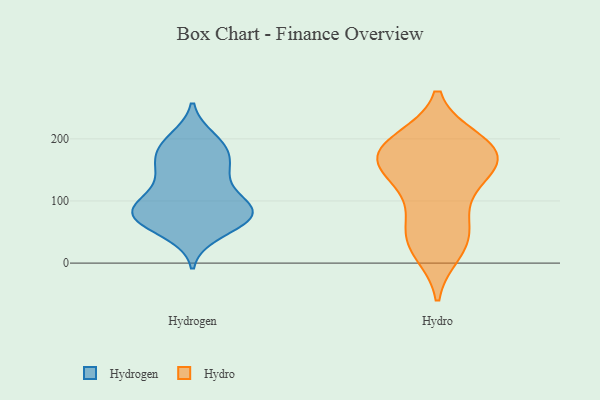
{"axis": {"x": "Active Users", "y": "Value"}, "legend": ["Hydro", "Hydrogen"], "data": [{"x": "", "y": 135, "type": "Hydrogen"}, {"x": "", "y": 99, "type": "Hydrogen"}, {"x": "", "y": 76, "type": "Hydrogen"}, {"x": "", "y": 89, "type": "Hydrogen"}, {"x": "", "y": 69, "type": "Hydrogen"}, {"x": "", "y": 49, "type": "Hydrogen"}, {"x": "", "y": 78, "type": "Hydrogen"}, {"x": "", "y": 157, "type": "Hydrogen"}, {"x": "", "y": 63, "type": "Hydrogen"}, {"x": "", "y": 186, "type": "Hydrogen"}, {"x": "", "y": 189, "type": "Hydrogen"}, {"x": "", "y": 81, "type": "Hydrogen"}, {"x": "", "y": 75, "type": "Hydrogen"}, {"x": "", "y": 199, "type": "Hydrogen"}, {"x": "", "y": 154, "type": "Hydrogen"}, {"x": "", "y": 145, "type": "Hydrogen"}, {"x": "", "y": 99, "type": "Hydrogen"}, {"x": "", "y": 88, "type": "Hydrogen"}, {"x": "", "y": 184, "type": "Hydrogen"}, {"x": "", "y": 197, "type": "Hydro"}, {"x": "", "y": 38, "type": "Hydro"}, {"x": "", "y": 58, "type": "Hydro"}, {"x": "", "y": 175, "type": "Hydro"}, {"x": "", "y": 166, "type": "Hydro"}, {"x": "", "y": 194, "type": "Hydro"}, {"x": "", "y": 191, "type": "Hydro"}, {"x": "", "y": 164, "type": "Hydro"}, {"x": "", "y": 19, "type": "Hydro"}, {"x": "", "y": 82, "type": "Hydro"}, {"x": "", "y": 134, "type": "Hydro"}, {"x": "", "y": 124, "type": "Hydro"}, {"x": "", "y": 30, "type": "Hydro"}, {"x": "", "y": 170, "type": "Hydro"}, {"x": "", "y": 162, "type": "Hydro"}]}